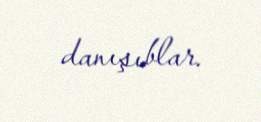
danışıblar.